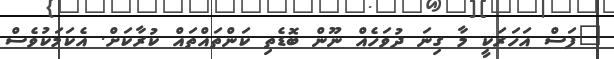
"ފަސް އަހަރަކީ މާ ގިނަ ދުވަހެއް ނޫން ބޮޑެތި ކަންތައްތައް ކުރާކަށް. އެކަމަކުވެސް